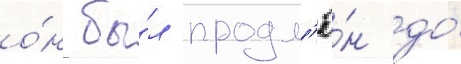
о́н бы́л продл'ё́н до́